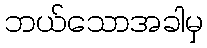
ဘယ်သောအခါမှ